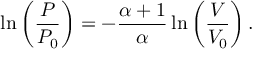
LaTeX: \displaystyle \lambda = { \frac { g } { 2 \pi } } \, T ^ { 2 } \, \operatorname { t a n h } \left( 2 \pi \, { \frac { h } { \lambda } } \right) ,